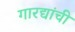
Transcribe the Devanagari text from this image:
गारद्यांची